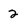
Character: 2